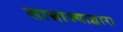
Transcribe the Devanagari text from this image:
साम्राज्याद्वारा